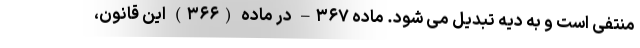
منتفی است و به دیه تبدیل می شود. ماده ۳۶۷– در ماده (۳۶۶) این قانون،